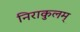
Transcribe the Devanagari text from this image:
निराकुलम्